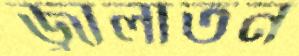
জ্বালাতন